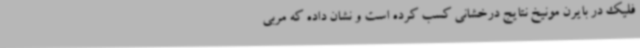
فلیک در بایرن مونیخ نتایج درخشانی کسب کرده است و نشان داده که مربی